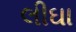
લીઘા